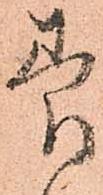
養